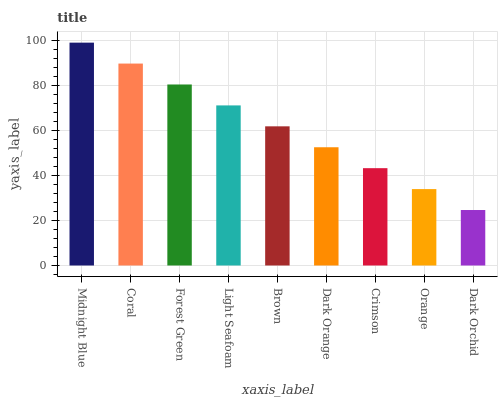
| xaxis_label | bars |
 | --- | --- |
 | Midnight Blue | 99 |
 | Coral | 89.7 |
 | Forest Green | 80.4 |
 | Light Seafoam | 71.1 |
 | Brown | 61.8 |
 | Dark Orange | 52.5 |
 | Crimson | 43.2 |
 | Orange | 33.9 |
 | Dark Orchid | 24.6 |